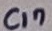
Text: C17